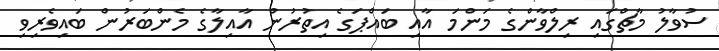
ސުވާލު މާޗްގައި ރިލްވާންގެ މަންމަ އާއި ބައްޕަގެ އިތުރުން އާއިލާގެ މެންބަރުން ބައިވެރިވި